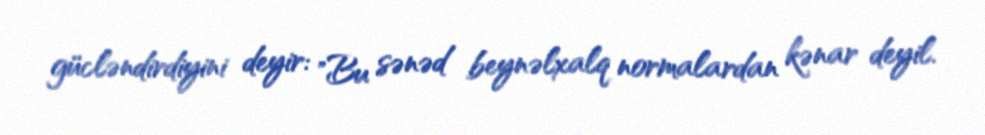
gücləndirdiyini deyir: "Bu sənəd beynəlxalq normalardan kənar deyil.